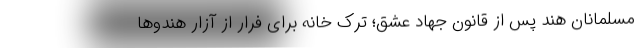
مسلمانان هند پس از قانون جهاد عشق؛ ترک خانه برای فرار از آزار هندوها